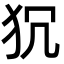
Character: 𭷻